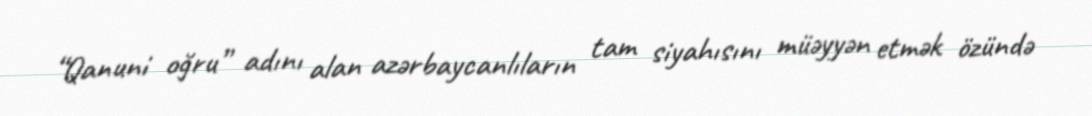
“Qanuni oğru” adını alan azərbaycanlıların tam siyahısını müəyyən etmək özündə